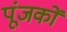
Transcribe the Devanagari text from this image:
पूंजकों